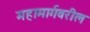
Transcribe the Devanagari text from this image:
महामार्गवरील